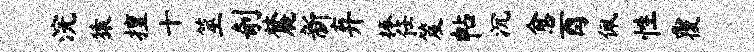
浣猿擅十筮剞麓新弃捧任笈帖沉愈酉佩性覆